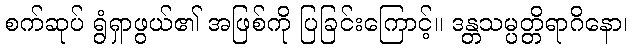
စက်ဆုပ် ရွံရှာဖွယ်၏ အဖြစ်ကို ပြခြင်းကြောင့်။ ဒန္တသမ္ပတ္တိရာဂိနော၊